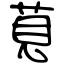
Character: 莧